Jaan_Tonisson_(Lasteleht), lk 131
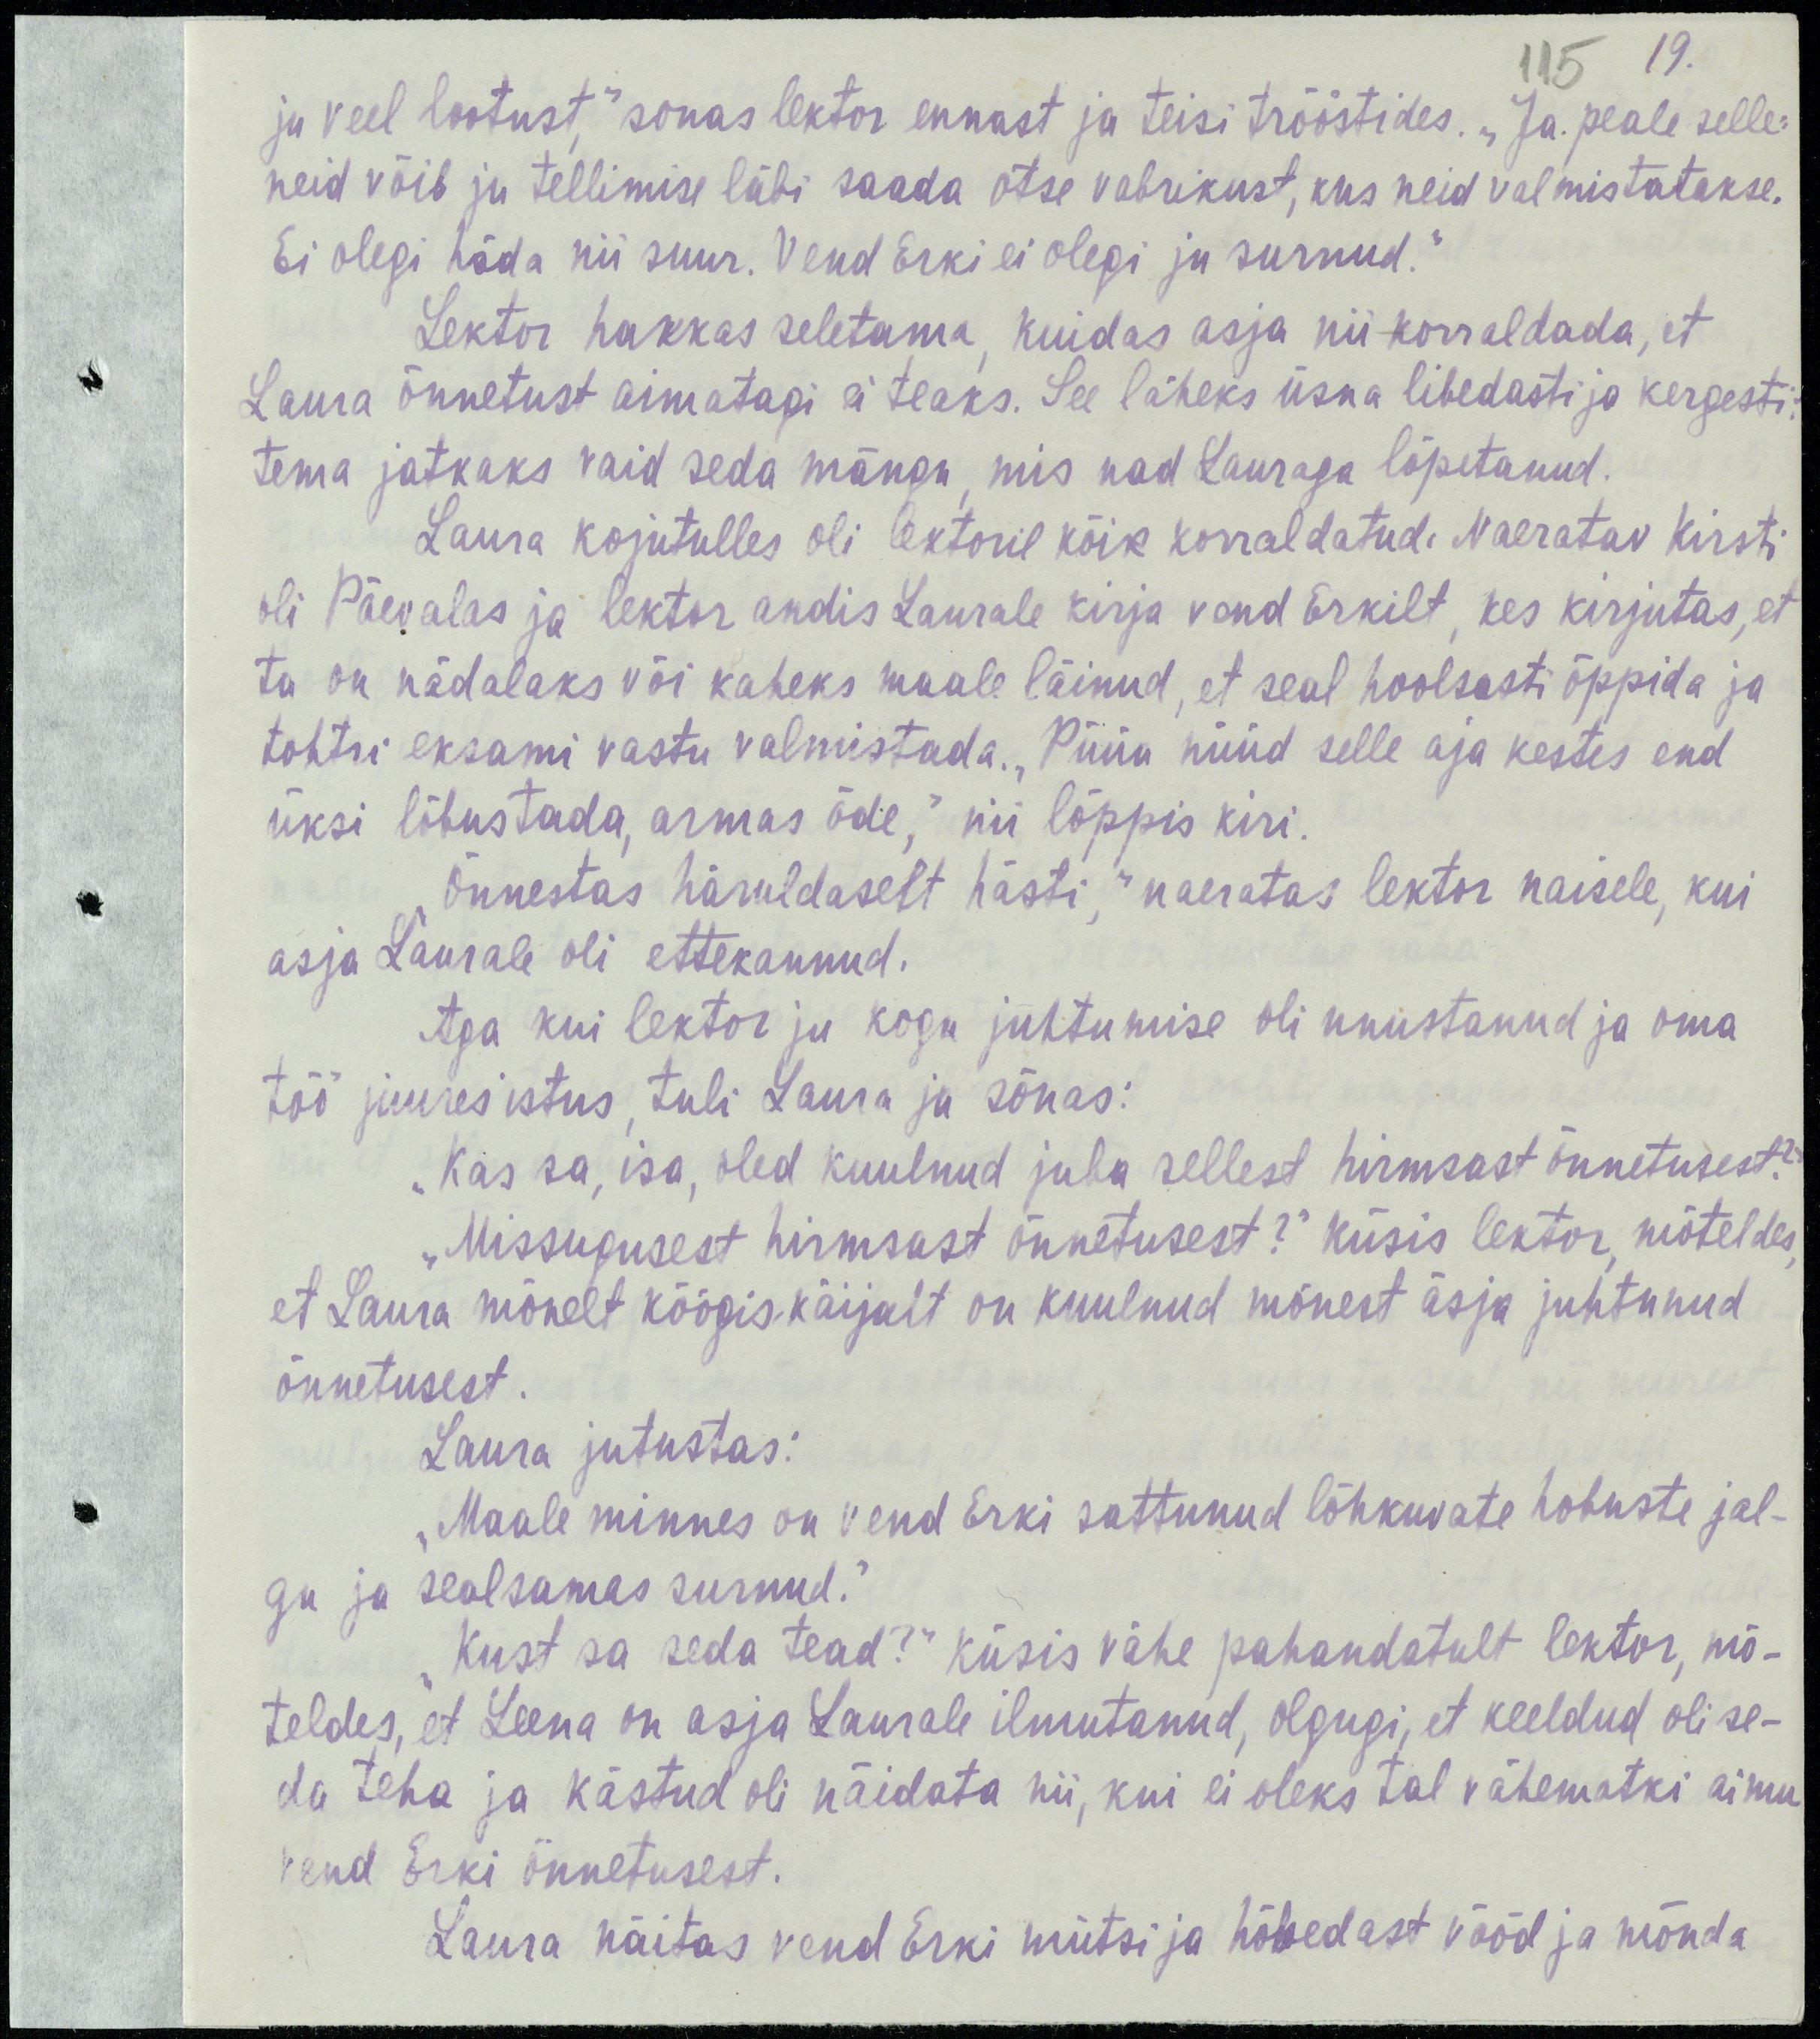
19.
115
ju veel lootust,“ sonas lektor ennast ja teisi trööstides. „Ja peale selle:
neid võib ju tellimise läbi saada otse vabrikust, kus neid valmistatakse.
Ei olegi häda nii suur. Vend Erki ei olegi ju surnud.“
Lektor hakkas seletama, kuidas asja nii korraldada, et
Laura õnnetust aimatagi ei teaks. See läheks üsna libedasti ja kergesti:
Tema jatkaks vaid seda mängu, mis nad Lauraga lõpetanud.
Laura kojutulles oli lektoril kõik korraldatud. Naeratav Kirsti
oli Põhjalas ja lektor andis Laurale kirja vend Erkilt, kes kirjutas, et
ta on nädalaks või kaheks maale läinud, et seal hoolsasti õppida ja
tohtri eksami vastu valmistada. „Püüa nüüd selle aja kestes end
üksi lõbustada, armas õde,“ nii lõppis kiri.
„Õnnestas häruldaselt hästi,“ naeratas lektor naisele, kui
asja Laurale oli ettekannud.
Aga kui lektor ju kogu juhtumise oli unustanud ja oma
töö juures istus, tuli Laura ja sõnas:
„Kas sa, isa, oled kuulnud juba sellest hirmsast  õnnetusest?“
„Missugusest hirmsast õnnetusest?“ küsis lektor, mõteldes,
et Laura mõnelt köögiskäijalt on kuulnud mõnest äsja juhtunud
õnnetusest.
Laura jutustas:
„Maale minnes on vend Erki sattunud lõhkuvate hobuste jal-
gu ja sealsamas surnud.“
„Kust sa seda tead?“ küsis vähe pahandatult lektor, mõ-
teldes, et Leena on asja Laurale ilmutanud, olgugi, et keeldud oli se-
da teha ja kästud näidata nii, kui ei oleks tal vähematki aimu
vend Erki önnetusest.
Laura näitas vend Erki mütsi ja hõbedast vööd ja mõnda